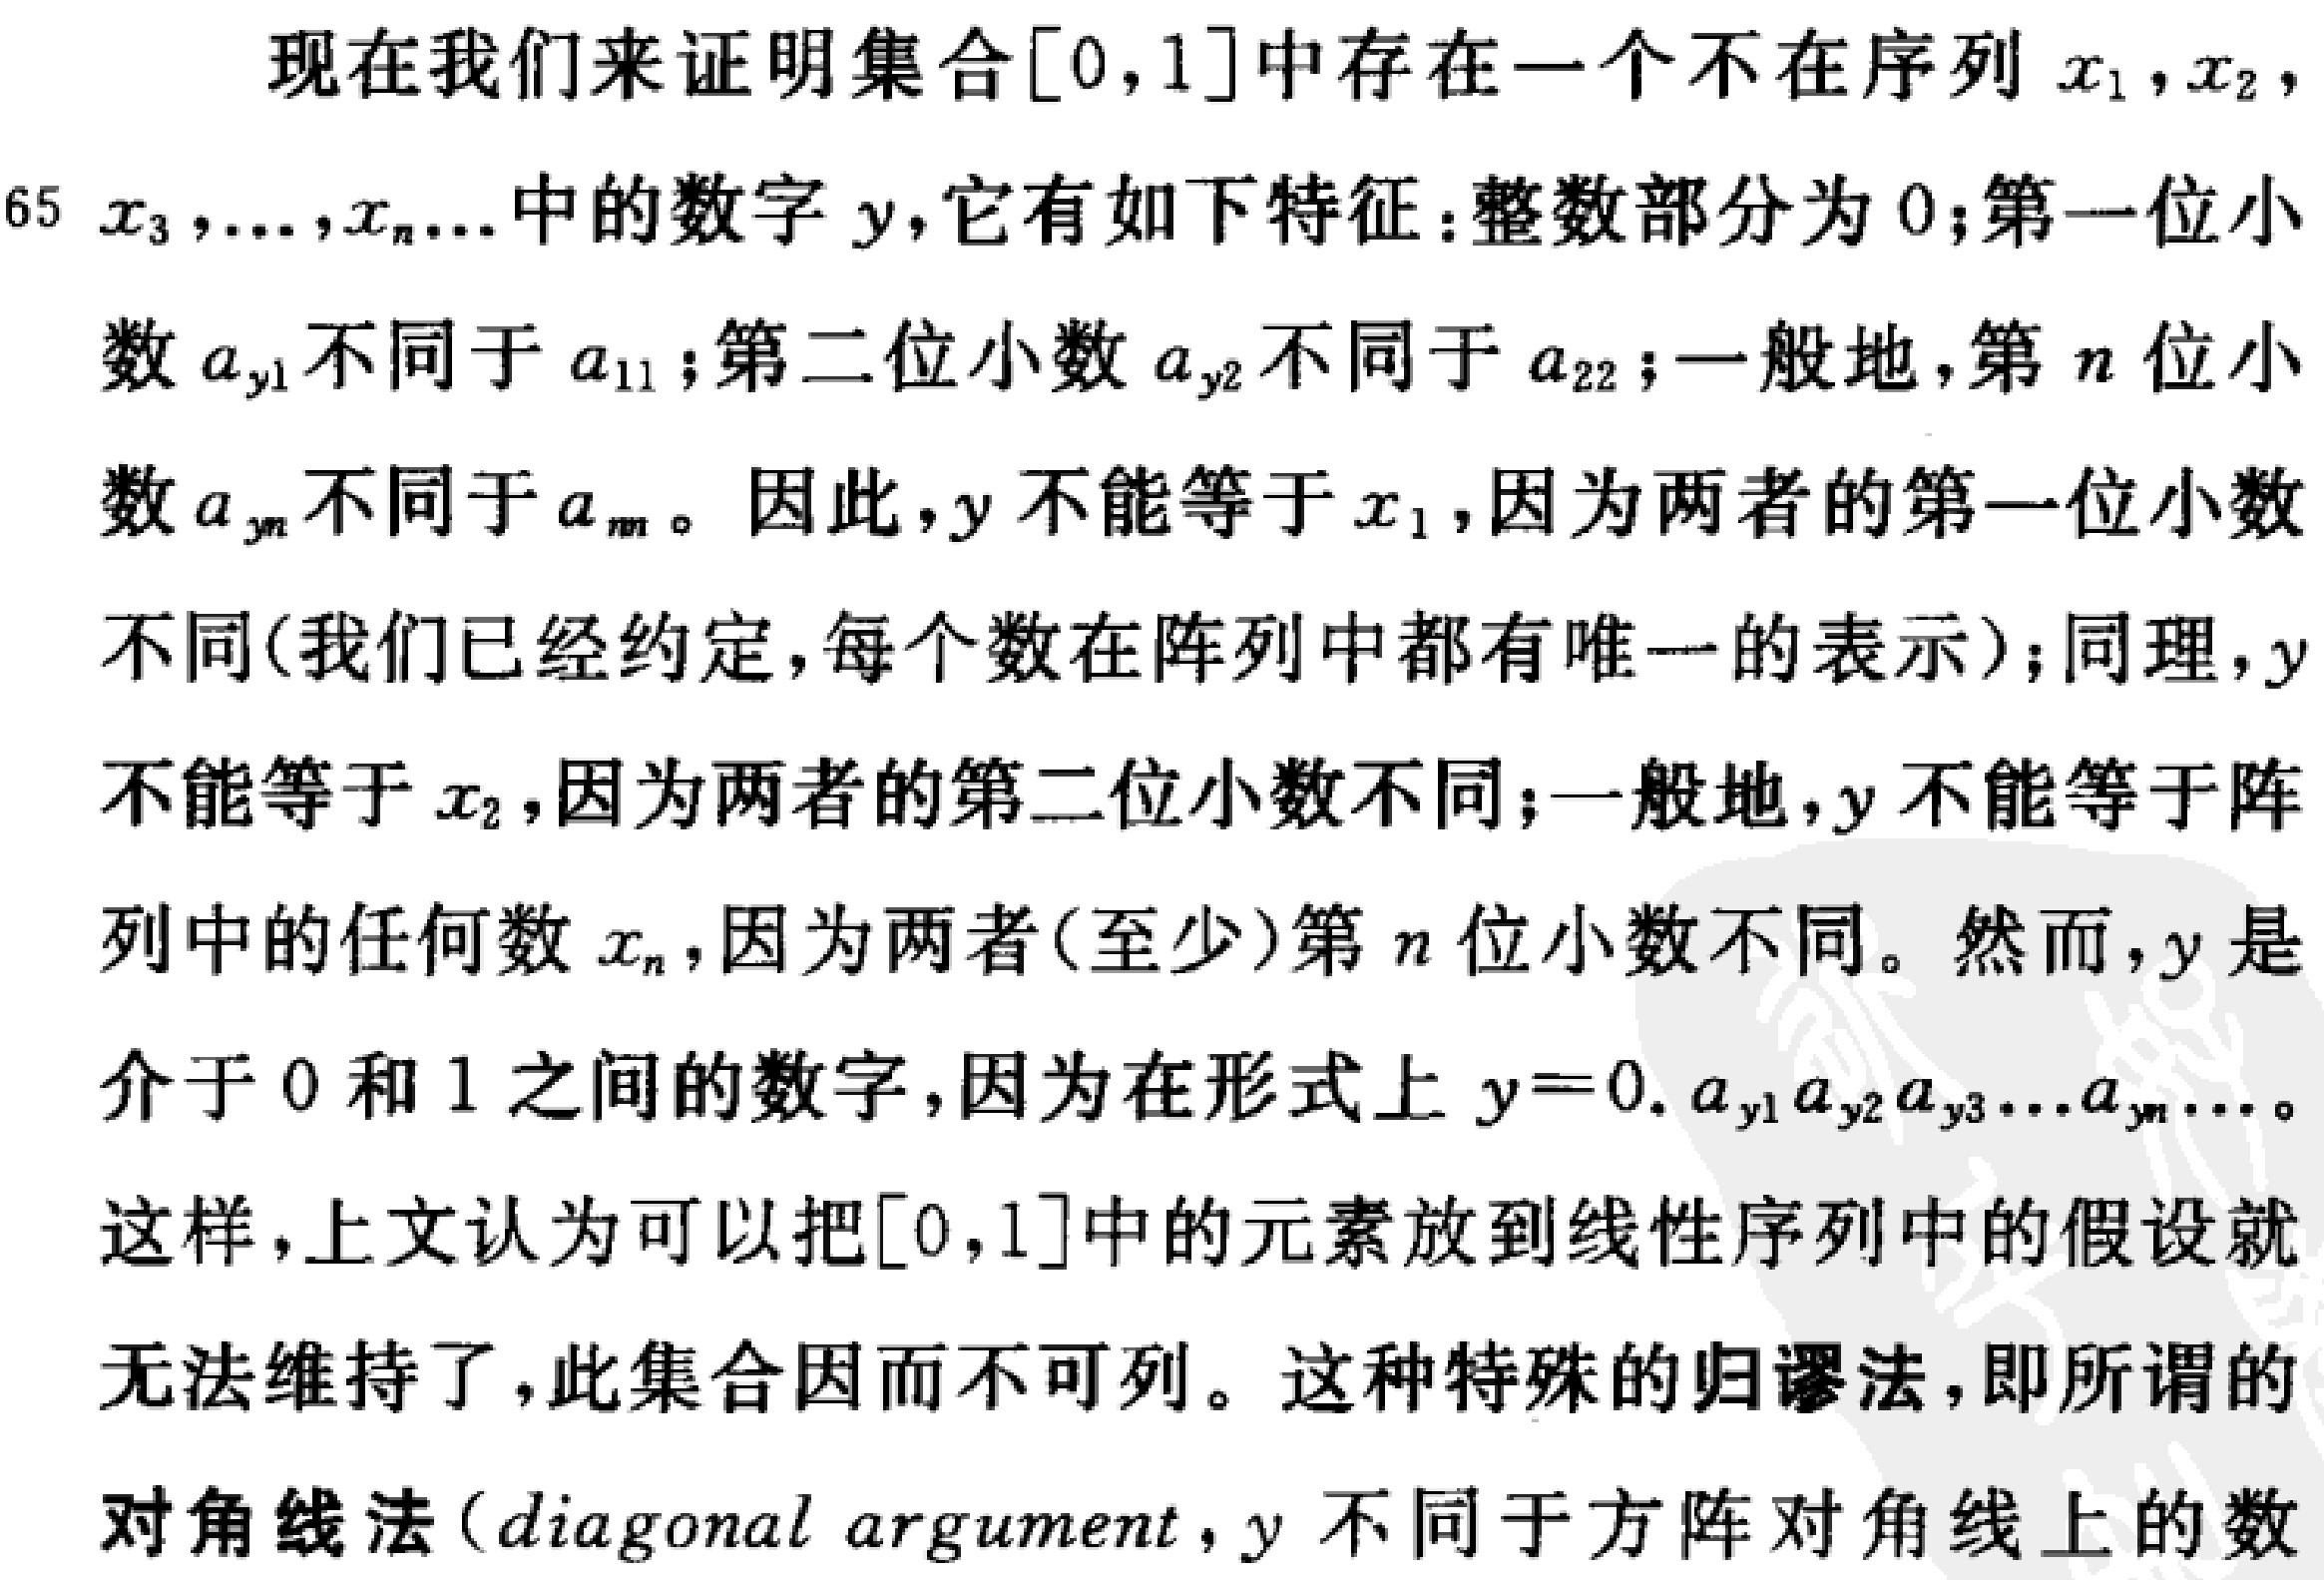
现在我们来证明集合\([0,1]\)中存在一个不在序列\(x_1,x_2,x_3,\ldots,x_n\ldots\)中的数字\(y\)，它有如下特征：整数部分为\(0\)；第一位小数\(a_{y1}\)不同于\(a_{11}\)；第二位小数\(a_{y2}\)不同于\(a_{22}\)；一般地，第\(n\)位小数\(a_{yn}\)不同于\(a_{nn}\)。因此，\(y\)不能等于\(x_1\)，因为两者的第一位小数不同(我们已经约定，每个数在阵列中都有唯一的表示)；同理，\(y\)不能等于\(x_2\)，因为两者的第二位小数不同；一般地，\(y\)不能等于阵列中的任何数\(x_n\)，因为两者(至少)第\(n\)位小数不同。然而，\(y\)是介于\(0\)和\(1\)之间的数字，因为在形式上\(y = 0.a_{y1}a_{y2}a_{y3}\ldots a_{yn}\ldots\)。这样，上文认为可以把\([0,1]\)中的元素放到线性序列中的假设就无法维持了，此集合因而不可列。这种特殊的归谬法，即所谓的对角线法(diagonal argument，\(y\)不同于方阵对角线上的数